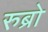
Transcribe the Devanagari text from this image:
रुब्रो